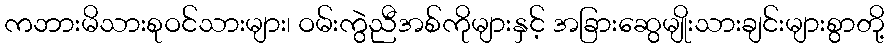
ကဘားမိသားစုဝင်သားများ၊ ဝမ်းကွဲညီအစ်ကိုများနှင့် အခြားဆွေမျိုးသားချင်းများစွာတို့